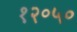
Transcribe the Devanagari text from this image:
१२॰५०